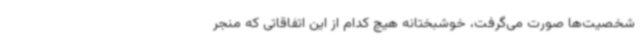
شخصیت‌ها صورت می‌گرفت، خوشبختانه هیچ کدام از این اتفاقاتی که منجر